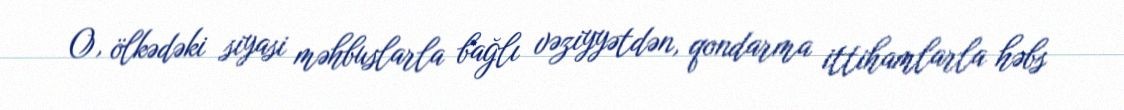
O, ölkədəki siyasi məhbuslarla bağlı vəziyyətdən, qondarma ittihamlarla həbs